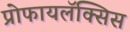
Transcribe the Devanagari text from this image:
प्रोफायलॅक्सिस